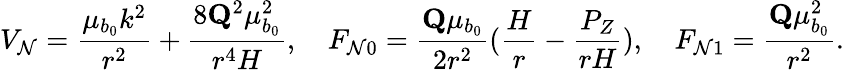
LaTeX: V_{\mathcal{N}}=\frac{\mu_{b_{0}}k^{2}}{r^{2}}+\frac{8\mathbf{Q}^{2}\mu_{b_{0}}^{2}}{r^{4}H},\quad F_{\mathcal{N}0}=\frac{\mathbf{Q}\mu_{b_{0}}}{2r^{2}}(\frac{H}{r}-\frac{P_{Z}}{rH}),\quad F_{\mathcal{N}1}=\frac{\mathbf{Q}\mu_{b_{0}}^{2}}{r^{2}}.